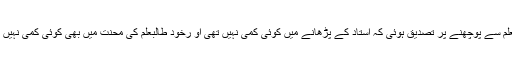
طالبعلم سے پوچھنے پر تصدیق ہوئی کہ استاد کے پڑھانے میں کوئی کمی نہیں تھی او رخود طالبعلم کی محنت میں بھی کوئی کمی نہیں تھی۔